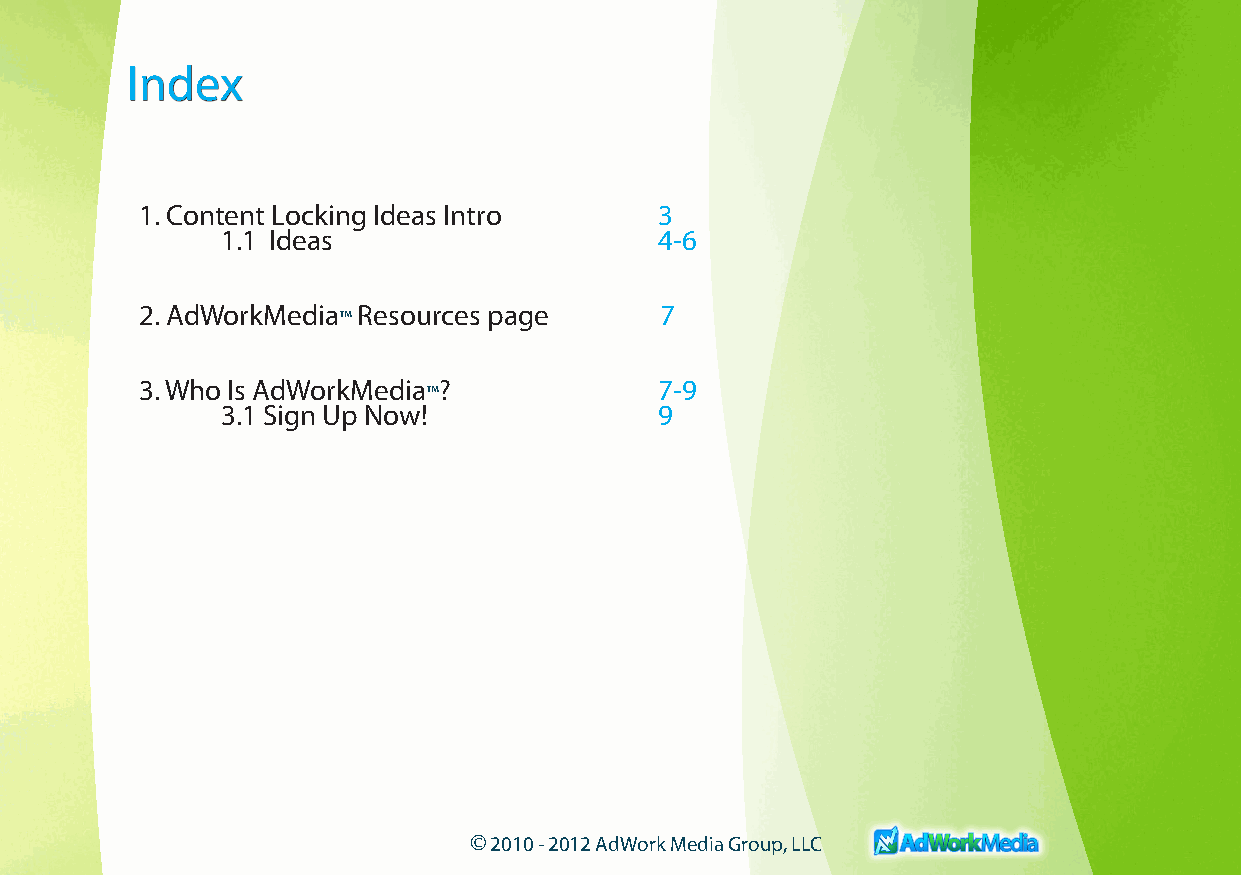
Index
 1. Content Locking Ideas Intro     3
 1.1 Ideas                    4-6
 2. AdWorkMedia™ Resources page     7
 Popular Content Locking Ideas!
 3. Who Is AdWorkMedia™?            7-9
 3.1 Sign Up Now!             9
 Earn More From Your Traffic! ™
 © 2010 - 2012 AdWork Media Group, LLC